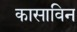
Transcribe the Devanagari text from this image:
कासाविन